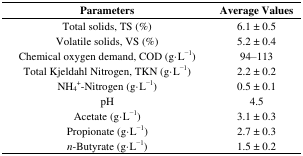
<table><thead><tr><td><b>Parameters</b></td><td><b>Average Values</b></td></tr></thead><tbody><tr><td>Total solids, TS (%)</td><td>6.1 ± 0.5</td></tr><tr><td>Volatile solids, VS (%)</td><td>5.2 ± 0.4</td></tr><tr><td>Chemical oxygen demand, COD (g·L<sup>−1</sup>)</td><td>94–113</td></tr><tr><td>Total Kjeldahl Nitrogen, TKN (g·L<sup>−1</sup>)</td><td>2.2 ± 0.2</td></tr><tr><td>NH<sub>4</sub><sup>+</sup>-Nitrogen (g·L<sup>−1</sup>)</td><td>0.5 ± 0.1</td></tr><tr><td>pH</td><td>4.5</td></tr><tr><td>Acetate (g·L<sup>−1</sup>)</td><td>3.1 ± 0.3</td></tr><tr><td>Propionate (g·L<sup>−1</sup>)</td><td>2.7 ± 0.3</td></tr><tr><td><i>n</i>-Butyrate (g·L<sup>−1</sup>)</td><td>1.5 ± 0.2</td></tr></tbody></table>